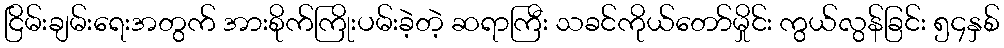
ငြိမ်းချမ်းရေးအတွက် အားစိုက်ကြိုးပမ်းခဲ့တဲ့ ဆရာကြီး သခင်ကိုယ်တော်မှိုင်း ကွယ်လွန်ခြင်း ၅၄နှစ်